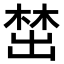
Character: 𪲵